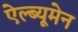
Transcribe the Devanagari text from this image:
ऐल्ब्यूमेन